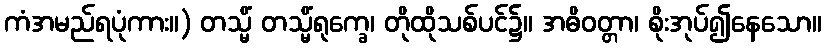
ကံအမည်ရပုံကား။) တသ္မိံ တသ္မိံရုက္ခေ၊ တိုထိုသစ်ပင်၌။ အဓိဝတ္တာ၊ စိုးအုပ်၍နေသော။